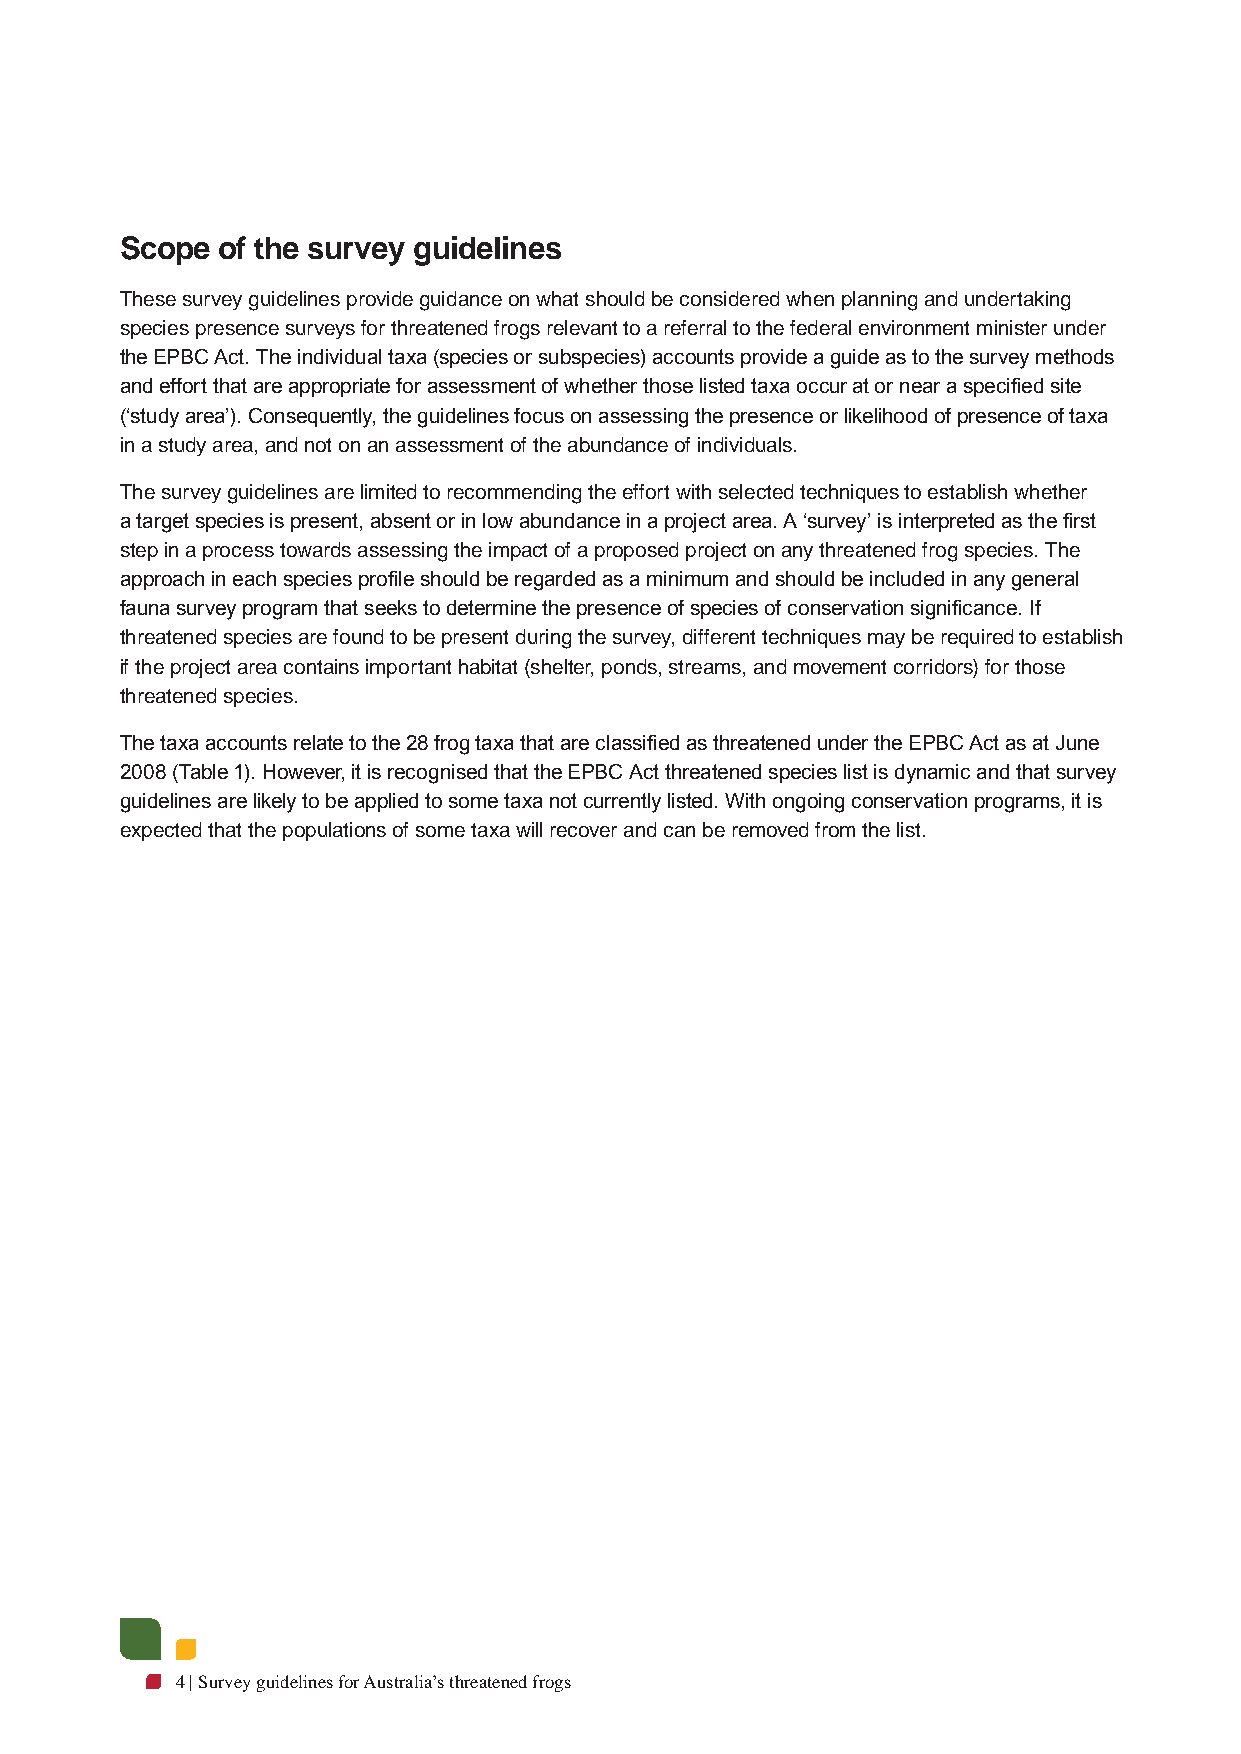
Scope of the survey guidelines
 These survey guidelines provide guidance on what should be considered when planning and undertaking
 species presence surveys for threatened frogs relevant to a referral to the federal environment minister under
 the EPBC Act. The individual taxa (species or subspecies) accounts provide a guide as to the survey methods
 and effort that are appropriate for assessment of whether those listed taxa occur at or near a specified site
 (‘study area’). Consequently, the guidelines focus on assessing the presence or likelihood of presence of taxa
 in a study area, and not on an assessment of the abundance of individuals.
 The survey guidelines are limited to recommending the effort with selected techniques to establish whether
 a target species is present, absent or in low abundance in a project area. A ‘survey’ is interpreted as the first
 step in a process towards assessing the impact of a proposed project on any threatened frog species. The
 approach in each species profile should be regarded as a minimum and should be included in any general
 fauna survey program that seeks to determine the presence of species of conservation significance. If
 threatened species are found to be present during the survey, different techniques may be required to establish
 if the project area contains important habitat (shelter, ponds, streams, and movement corridors) for those
 threatened species.
 The taxa accounts relate to the 28 frog taxa that are classified as threatened under the EPBC Act as at June
 2008 (Table 1). However, it is recognised that the EPBC Act threatened species list is dynamic and that survey
 guidelines are likely to be applied to some taxa not currently listed. With ongoing conservation programs, it is
 expected that the populations of some taxa will recover and can be removed from the list.
 4 | Survey guidelines for Australia’s threatened frogs